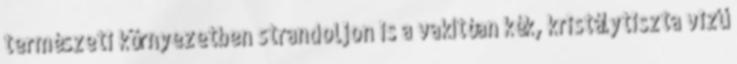
természeti környezetben strandoljon is a vakítóan kék, kristálytiszta vizű